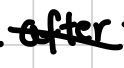
Text: after
Cross-out: diagonal
Writing tool: digital_black